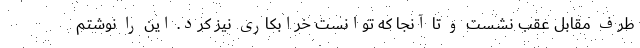
طرف مقابل عقب نشست و تا آنجا که توانست خرابکاری نیز کرد. این را نوشتم